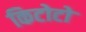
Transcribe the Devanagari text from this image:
किटोटो